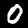
Label: 0